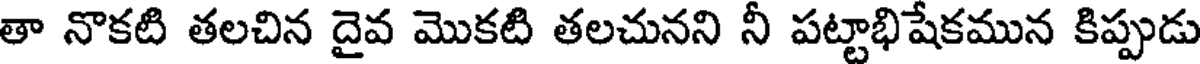
తా నొకటి తలచిన దైవ మొకటి తలచునని నీ పట్టాభిషేకమున కిప్పుడు